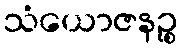
သံယောဇနဉ္စ